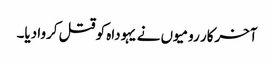
‏ آخرکار رومیوں نے یہوداہ کو قتل کروا دیا۔